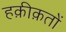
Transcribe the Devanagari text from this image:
हक़ीक़तों